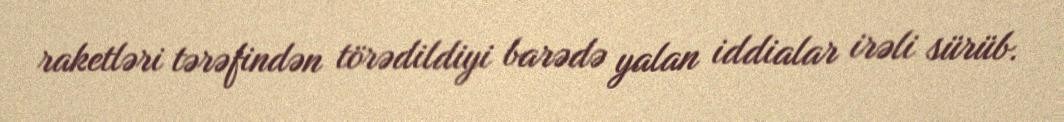
raketləri tərəfindən törədildiyi barədə yalan iddialar irəli sürüb.